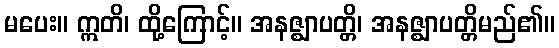
မပေး။ ဣတိ၊ ထို့ကြောင့်။ အနဇ္ဈာပတ္တိ၊ အနဇ္ဈာပတ္တိမည်၏။